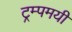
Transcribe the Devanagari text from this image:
ट्रम्पमयी